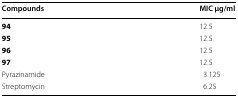
<table><thead><tr><td><b>Compounds</b></td><td><b>MIC μg/ml</b></td></tr></thead><tbody><tr><td><b>94</b></td><td>12.5</td></tr><tr><td><b>95</b></td><td>12.5</td></tr><tr><td><b>96</b></td><td>12.5</td></tr><tr><td><b>97</b></td><td>12.5</td></tr><tr><td>Pyrazinamide</td><td>3.125</td></tr><tr><td>Streptomycin</td><td>6.25</td></tr></tbody></table>